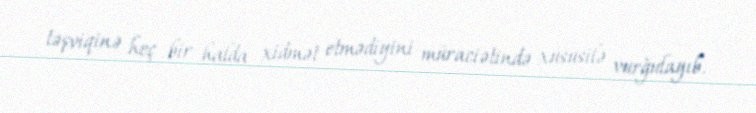
təşviqinə heç bir halda xidmət etmədiyini müraciətində xüsusilə vurğulayıb.